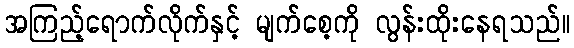
အကြည့်ရောက်လိုက်နှင့် မျက်စေ့ကို လွန်းထိုးနေရသည်။